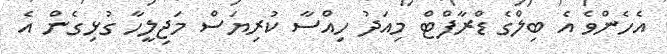
އެހެންވެ އެ ބިލްގެ ޑްރާފްޓް މިއަދު ހިއްސާ ކުރިޔަސް މަޖިލީހާ ގުޅިގެން އެ